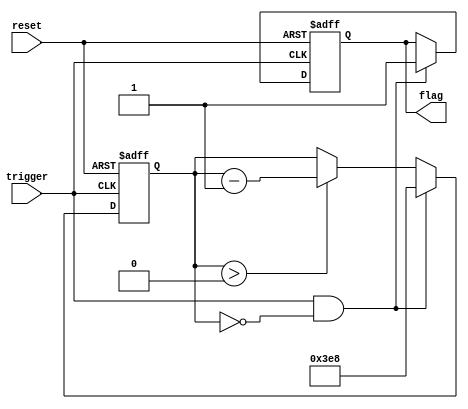
module one_shot_timer(
  input trigger,
  input reset,
  output reg flag
);

reg [15:0] counter;

always @(posedge trigger or posedge reset) begin
  if (reset) begin
    counter <= 16'd0;
    flag <= 1'b0;
  end else if (trigger && counter == 0) begin
    counter <= 16'd1000; // preset value
    flag <= 1'b1;
  end else if (counter > 0) begin
    counter <= counter - 1;
  end
end

endmodule